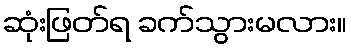
ဆုံးဖြတ်ရ ခက်သွားမလား။